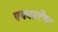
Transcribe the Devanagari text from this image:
एकाउटेंण्ट